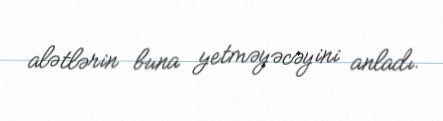
alətlərin buna yetməyəcəyini anladı.